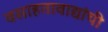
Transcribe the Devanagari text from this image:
वसाहतावाद्यांची